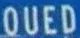
QUED